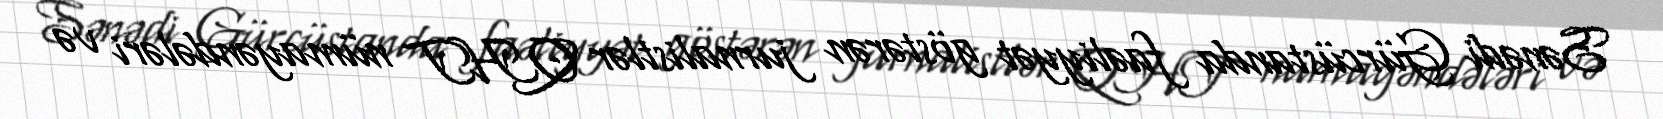
Sənədi Gürcüstanda faəliyyət göstərən jurnalistlər QHT nümayəndələri və